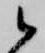
候